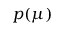
p ( \mu )